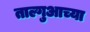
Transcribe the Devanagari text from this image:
ताल्गुआच्या